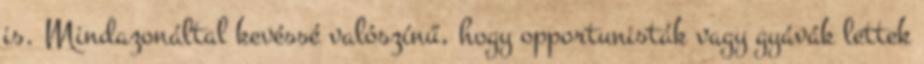
is. Mindazonáltal kevéssé valószínű, hogy opportunisták vagy gyávák lettek